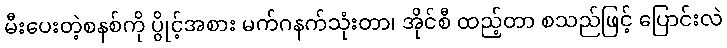
မီးပေးတဲ့စနစ်ကို ပွိုင့်အစား မက်ဂနက်သုံးတာ၊ အိုင်စီ ထည့်တာ စသည်ဖြင့် ပြောင်းလဲ